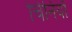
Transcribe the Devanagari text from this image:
चिनियाँ